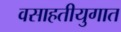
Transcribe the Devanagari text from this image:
वसाहतीयुगात